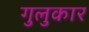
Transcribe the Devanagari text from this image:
गुलुकार